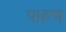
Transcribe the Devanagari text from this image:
पाहण